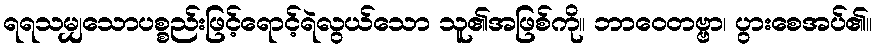
ရရသမျှသောပစ္စည်းဖြင့်ရောင့်ရဲလွယ်သော သူ၏အဖြစ်ကို။ ဘာဝေတဗ္ဗာ၊ ပွားစေအပ်၏။